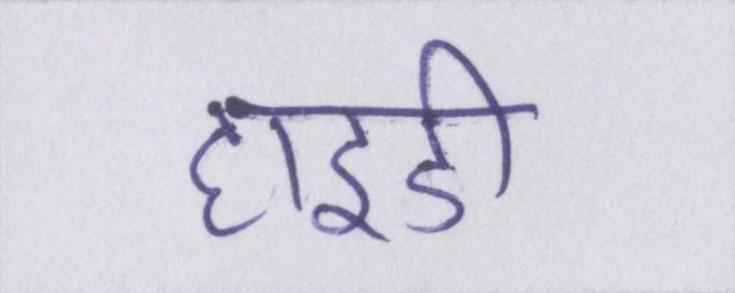
हाइडी